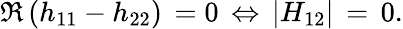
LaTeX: \Re\, (h_{11}-h_{22})\, =0\, \Leftrightarrow\, |H_{12}|\, =\, 0.